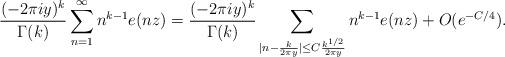
LaTeX: \begin{align*}\frac{(-2\pi i y)^k}{\Gamma(k)} \sum_{n=1}^{\infty} n^{k-1} e(nz) = \frac{(-2\pi i y)^k}{\Gamma(k)} \sum_{|n-\frac{k}{2 \pi y} | \leq C \frac{k^{1/2}}{2\pi y}} n^{k-1} e(nz) + O(e^{-C/4}).\end{align*}